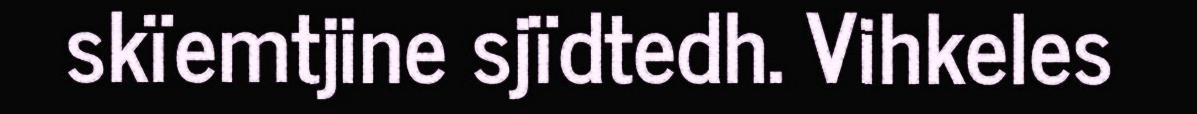
skïemtjine sjïdtedh. Vihkeles